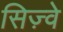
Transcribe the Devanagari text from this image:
सिज़्वे